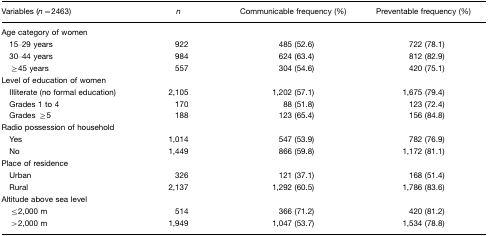
| Variables (n=2463) | n | Communicable frequency (%) | Preventable frequency (%) |
 | --- | --- | --- | --- |
 | Age category of women |  |  |  |
 | 15–29 years | 922 | 485 (52.6) | 722 (78.1) |
 | 30–44 years | 984 | 624 (63.4) | 812 (82.9) |
 | ≥45 years | 557 | 304 (54.6) | 420 (75.1) |
 | Level of education of women |  |  |  |
 | Illiterate (no formal education) | 2,105 | 1,202 (57.1) | 1,675 (79.4) |
 | Grades 1 to 4 | 170 | 88 (51.8) | 123 (72.4) |
 | Grades≥5 | 188 | 123 (65.4) | 156 (84.8) |
 | Radio possession of household |  |  |  |
 | Yes | 1,014 | 547 (53.9) | 782 (76.9) |
 | No | 1,449 | 866 (59.8) | 1,172 (81.1) |
 | Place of residence |  |  |  |
 | Urban | 326 | 121 (37.1) | 168 (51.4) |
 | Rural | 2,137 | 1,292 (60.5) | 1,786 (83.6) |
 | Altitude above sea level |  |  |  |
 | ≤2,000 m | 514 | 366 (71.2) | 420 (81.2) |
 | >2,000 m | 1,949 | 1,047 (53.7) | 1,534 (78.8) |